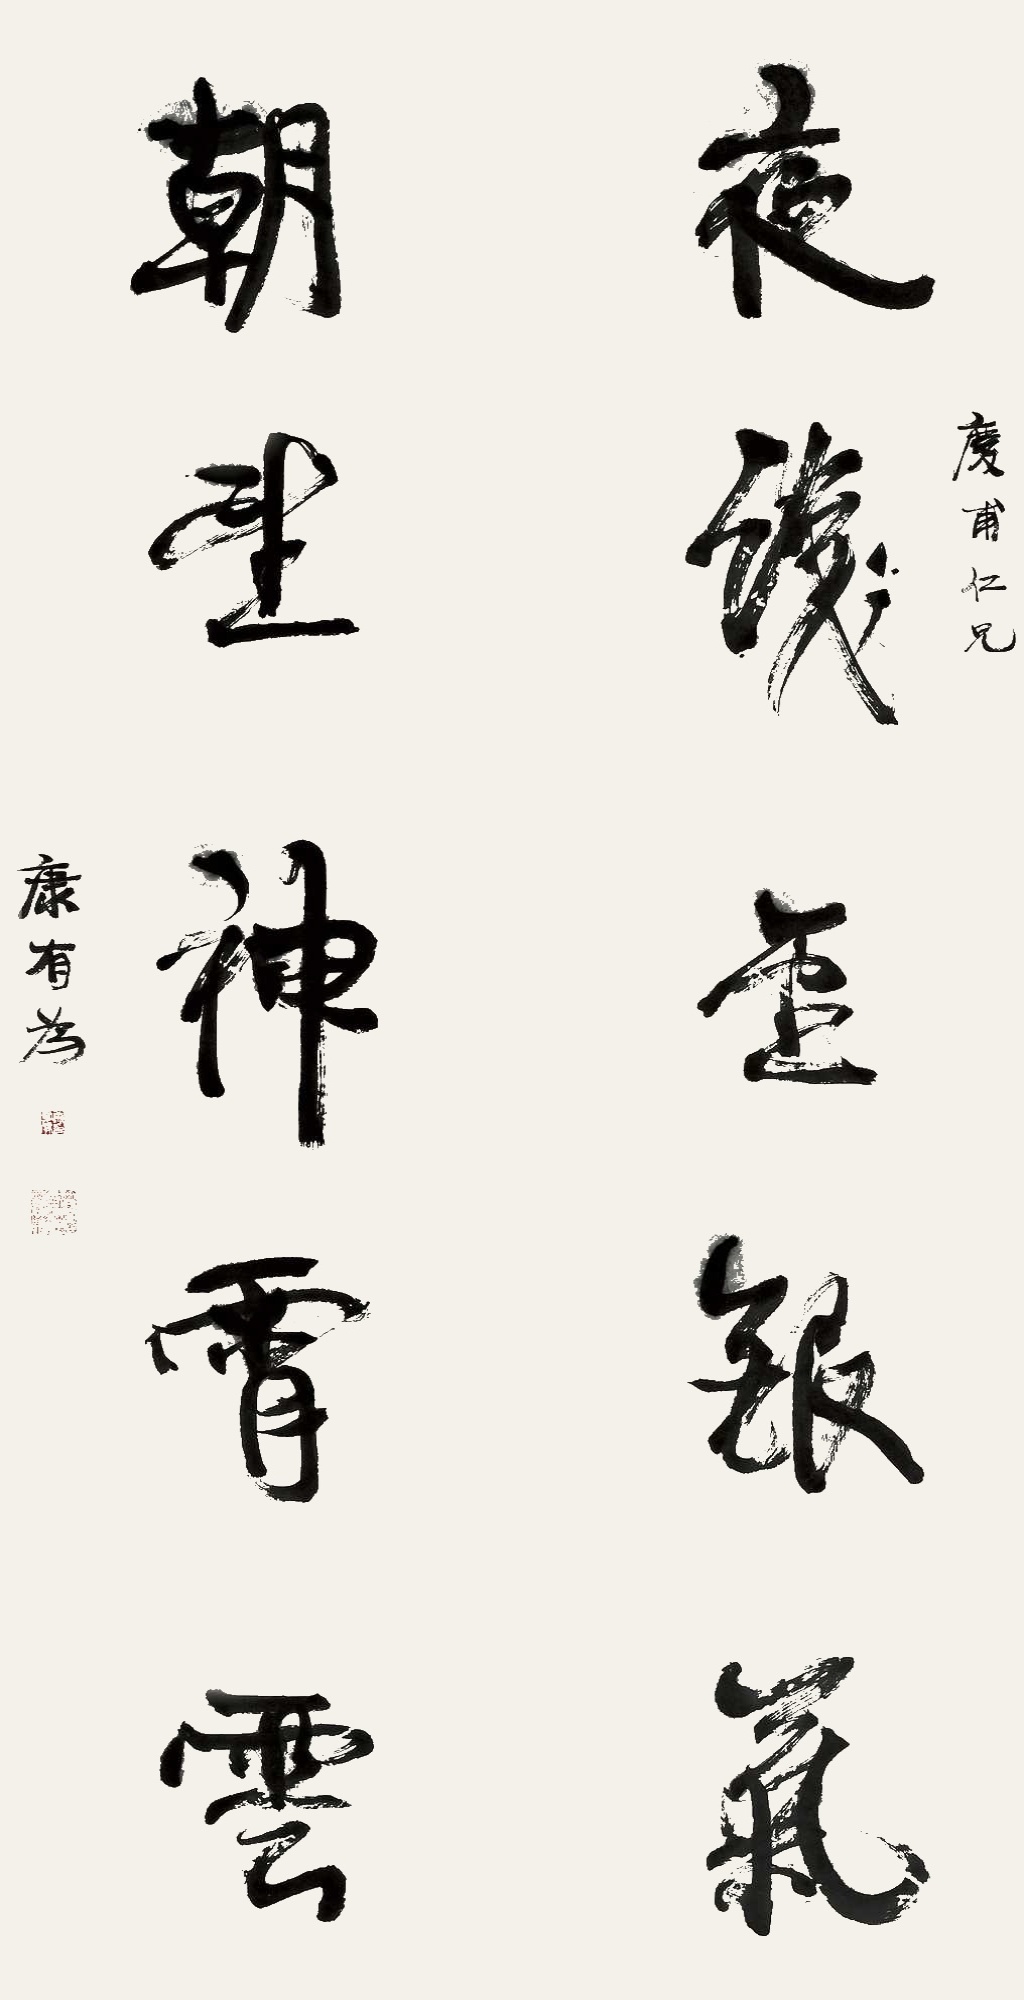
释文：夜识金银气，朝望神宵云。庆甫仁兄。康有为。